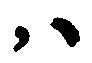
ハ